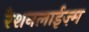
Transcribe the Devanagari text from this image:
रेशनलाईज़्म